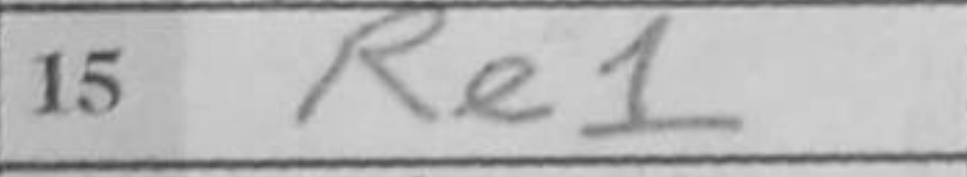
Transcription: Re1